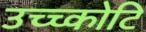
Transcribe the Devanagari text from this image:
उच्च्कोटि